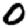
Digit: 0